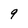
Character: 9